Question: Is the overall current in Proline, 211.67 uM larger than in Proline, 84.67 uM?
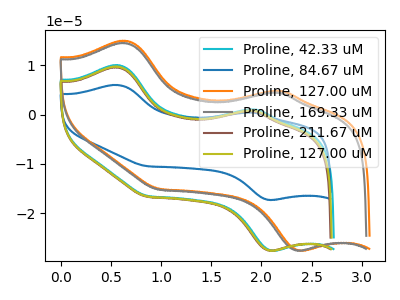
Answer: <think>The cyan curve "Proline, 42.33 uM" has anodic peaks at (0.55V, 10.10uA) (1.95V, 1.10uA) and cathodic peaks at (2.10V, -27.60uA) (0.85V, -16.50uA). The blue curve "Proline, 84.67 uM" has anodic peaks at (0.55V, 6.05uA) (1.90V, 0.45uA) and cathodic peaks at (2.10V, -17.30uA) (0.85V, -10.45uA). The orange curve "Proline, 127.00 uM" has anodic peaks at (0.65V, 15.00uA) (2.20V, 4.85uA) and cathodic peaks at (2.40V, -27.55uA) (1.00V, -15.05uA). The gray curve "Proline, 169.33 uM" has anodic peaks at (0.65V, 14.55uA) (2.15V, 4.50uA) and cathodic peaks at (2.35V, -27.55uA) (0.95V, -15.20uA). The brown curve "Proline, 211.67 uM" has anodic peaks at (0.55V, 9.65uA) (1.90V, 0.75uA) and cathodic peaks at (2.10V, -27.60uA) (0.85V, -16.65uA). The olive curve "Proline, 127.00 uM" has anodic peaks at (0.55V, 9.80uA) (1.90V, 0.85uA) and cathodic peaks at (2.10V, -27.60uA) (0.85V, -16.60uA).
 All the peaks in "Proline, 211.67 uM" have a peak in "Proline, 84.67 uM" at the same potential. Every peak in "Proline, 211.67 uM" is higher than every peak in "Proline, 84.67 uM".</think>
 <answer>"Proline, 211.67 uM" has more signal than "Proline, 84.67 uM".</answer>
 <eval>more_signal</eval>